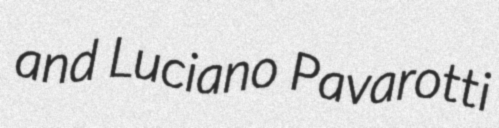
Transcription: and Luciano Pavarotti